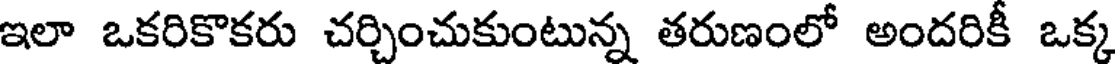
ఇలా ఒకరికొకరు చర్చించుకుంటున్న తరుణంలో అందరికీ ఒక్క